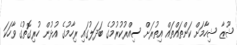
ޝޫޒާ ޝިހާމަށް ކަންތައްތައް އިތުރަށް ސިއްރުކުރުމުގެ ބަދަލުގައި ރިހާމުގެ އުޅުން ހުރިގޮތުގެ ވާހަކަ